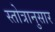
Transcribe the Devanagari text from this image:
स्तोत्रानुसार